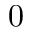
0